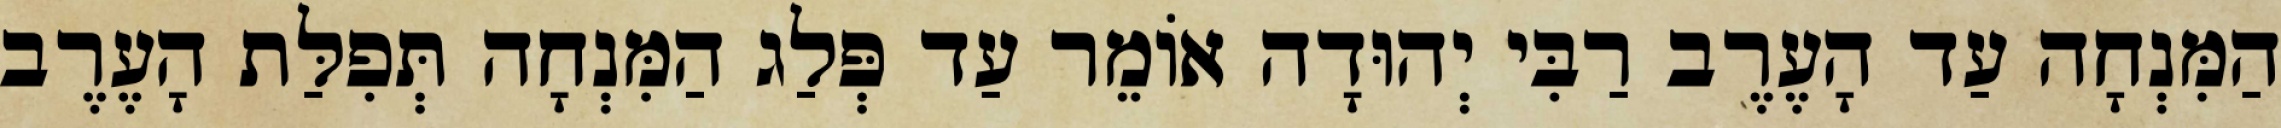
הַמִּנְחָה עַד הָעֶרֶב רַבִּי יְהוּדָה אוֹמֵר עַד פְּלַג הַמִּנְחָה תְּפִלַּת הָעֶרֶב